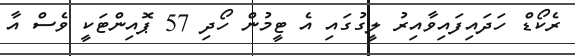
ރެކޯޑް ހަދައިފައިވާއިރު ލީގުގައި އެ ޓީމުން ހޯދި 57 ޕޮއިންޓަކީ ވެސް އާ